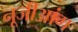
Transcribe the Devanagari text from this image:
नूजीआंग